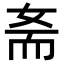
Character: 𡜚